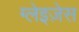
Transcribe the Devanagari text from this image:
ग्लेइज़ेस